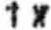
1 X